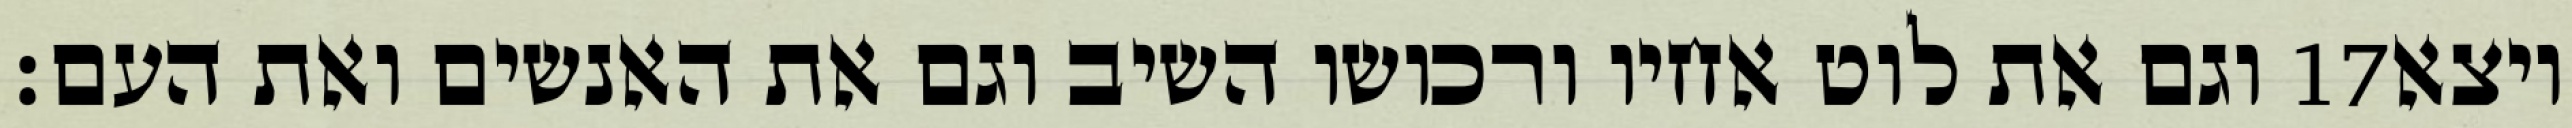
וגם את לוט אחיו ורכושו השיב וגם את האנשים ואת העם׃ ‎17‏ ויצא